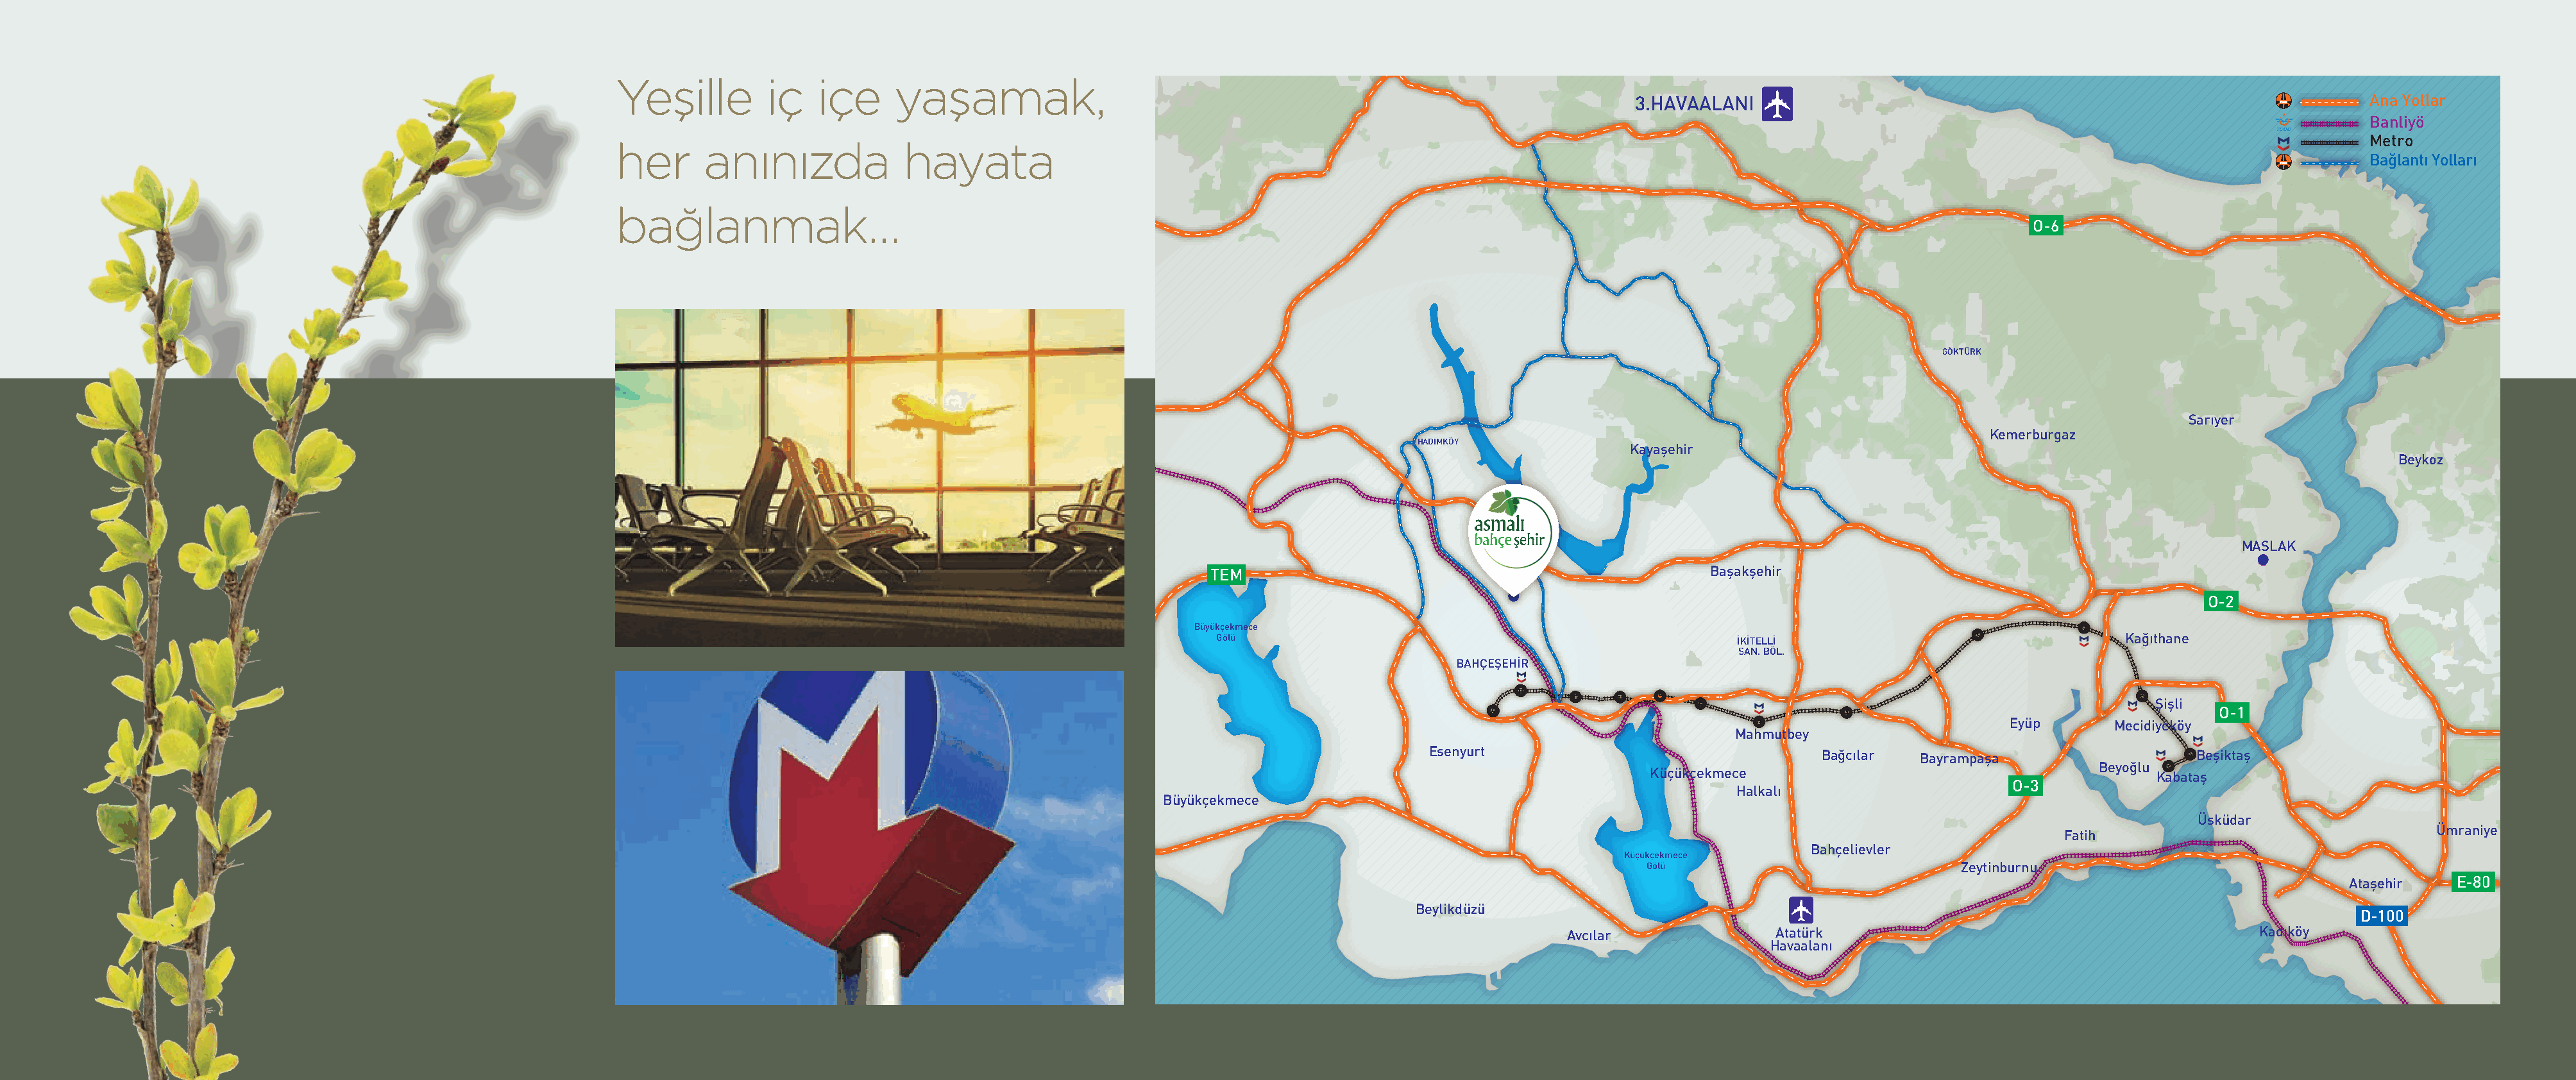
Yeşille        iç   içe     yaşamak,
 3.HAVAALANI                                                                 Ana Yollar
 Banliyö
 Metro
 her      anınızda            hayata
 Bağlantı Yolları
 bağlanmak…
 O-6
 GÖKTÜRK
 Sarıyer
 Kemerburgaz
 HADIMKÖY
 Kayaşehir
 Beykoz
 MASLAK
 TEM                                                Başakşehir
 O-2
 Büyükçekmece
 Gölü                                                 İKİTELLİ                                Kağıthane
 SAN. BÖL.
 BAHÇEŞEHİR
 Şişli
 O-1
 Eyüp       Mecidiyeköy
 Mahmutbey
 Esenyurt                                 Bağcılar  Bayrampaşa                   Beşiktaş
 Beyoğlu
 Küçükçekmece                                         Kabataş
 O-3
 Halkalı
 Büyükçekmece
 Üsküdar
 Ümraniye
 Fatih
 Bahçelievler
 Küçükçekmece
 Gölü                            Zeytinburnu
 Ataşehir    E-80
 Beylikdüzü
 D-100
 Avcılar              Atatürk                                           Kadıköy
 Havaalanı